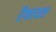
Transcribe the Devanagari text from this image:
रैफायल